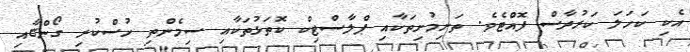
އެކި ކަހަލަ ކަރުދާސް ފޮއްޓެވެ. ތަށިމުށިތަކާއި ޕްލާސްޓިކް ކޮތަޅުތަކާއި ސިމެންތި ހުސްކުރި ގޯންޏާއި